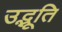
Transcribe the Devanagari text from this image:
उद्भूति